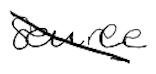
Text: source
Cross-out: diagonal
Writing tool: digital_black